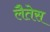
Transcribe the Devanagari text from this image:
लैतेस